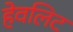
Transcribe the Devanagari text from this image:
हेवलिट